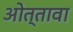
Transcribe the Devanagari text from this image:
ओत्तावा